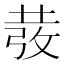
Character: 𭣵